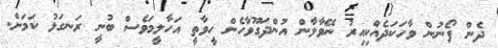
ދެން ފޯނުން ވާހަކަދެއްކިއިރު ނޭވާލާން އުންދަގޫވާހެން ހީވާތީ އަހާލީމަވެސް ބުނީ ރަނގަޅު ކަމަށް.